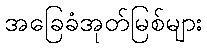
အခြေခံအုတ်မြစ်များ